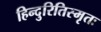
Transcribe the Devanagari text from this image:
हिन्दुरितिस्मृतः